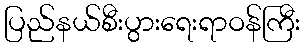
ပြည်နယ်စီးပွားရေးရာဝန်ကြီး